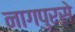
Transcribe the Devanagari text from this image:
नागपुरसे